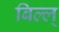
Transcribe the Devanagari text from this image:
बिल्ल्